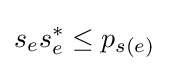
s_{e}s_{e}^{*}\leq p_{s(e)}